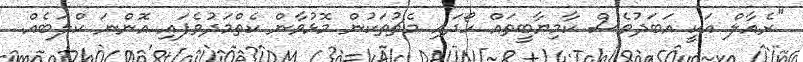
"ރެއާލް އަކީ އަބަދުވެސް ކާމިޔާބީތައް ހޯދައި މެޗުތަކުން މޮޅުވާން ކެތްމަދުވެފައި އޮންނަ ކްލަބެއް.